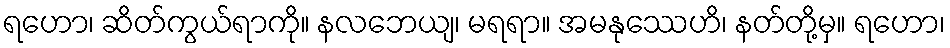
ရဟော၊ ဆိတ်ကွယ်ရာကို။ နလဘေယျ၊ မရရာ။ အမနုဿေဟိ၊ နတ်တို့မှ။ ရဟော၊